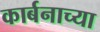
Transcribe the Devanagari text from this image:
कार्बनाच्या